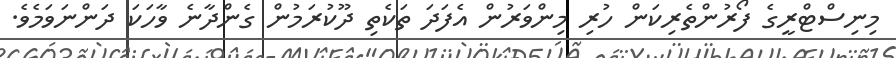
މިނިސްޓްރީގެ ފޯރުންތެރިކަން ހުރި މިންވަރުން އެފަދަ ތަކެތި ދޫކުރަމުން ގެންދާނެ ވާހަކަ ދަންނަވަމެވެ.